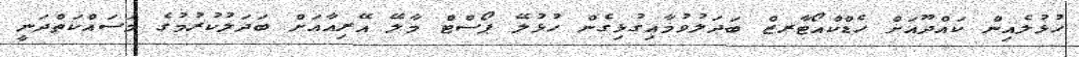
ހުޅުލެއިން ކައްދޫއަށް ހެޑްކްއޯޓާރޒް ބަދަލުވުމާއިގުޅިގެން ހުޅުލޭ ޕޯސްޓް މާލޭ އޭރިއާއަށް ބަދަލުކުރުމުގެ މަސައްކަތްދަނީ